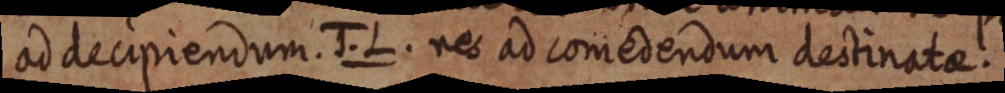
ad decipiendum. J. L. res ad comedendum destinatae.